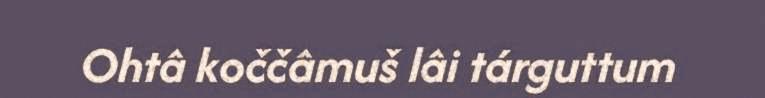
Ohtâ koččâmuš lâi tárguttum